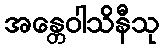
အန္တေဝါသိနီသု